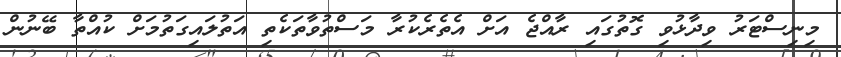
މިނިސްޓަރު ވިދާޅުވި ގޮތުގައި ރާއްޖެ އަށް އެތެރެކުރާ މަސްތުވާތަކެތި އަތުލައިގަތުމަށް ކުއްތާ ބޭނުން